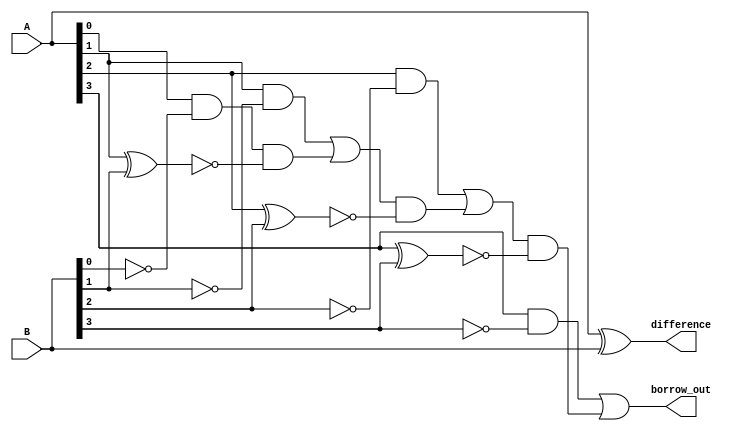
module subtractor(
    input wire [3:0] A,
    input wire [3:0] B,
    output reg [3:0] difference,
    output reg borrow_out
);

reg [3:0] borrow;

assign difference = A ^ B;
assign borrow[0] = A[0] & ~B[0];
assign borrow[1] = (A[1] & ~B[1]) | (borrow[0] & ~(A[1] ^ B[1]));
assign borrow[2] = (A[2] & ~B[2]) | (borrow[1] & ~(A[2] ^ B[2]));
assign borrow[3] = (A[3] & ~B[3]) | (borrow[2] & ~(A[3] ^ B[3]));

assign borrow_out = borrow[3];

endmodule